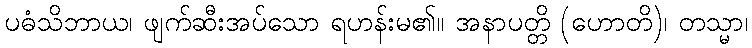
ပဓံသိဘာယ၊ ဖျက်ဆီးအပ်သော ရဟန်းမ၏။ အနာပတ္တိ (ဟောတိ)၊ တသ္မာ၊